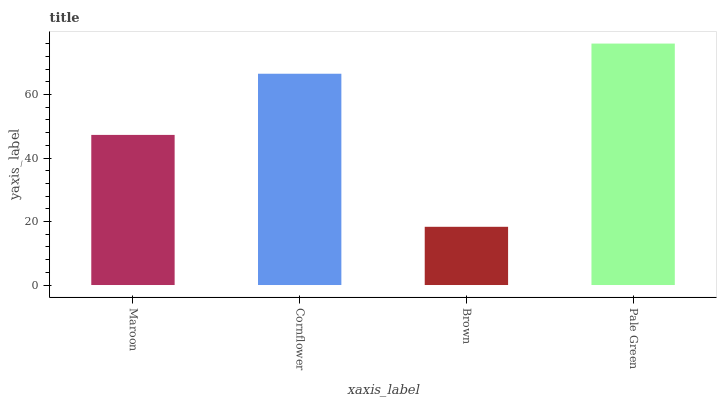
| xaxis_label | bars |
 | --- | --- |
 | Maroon | 47.3 |
 | Cornflower | 66.5 |
 | Brown | 18.3 |
 | Pale Green | 76 |